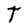
Character: T